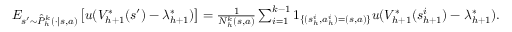
\begin{array} { r } { E _ { s ^ { \prime } \sim \hat { P } _ { h } ^ { k } ( \cdot \vert s , a ) } \left[ u ( V _ { h + 1 } ^ { * } ( s ^ { \prime } ) - \lambda _ { h + 1 } ^ { * } ) \right] = \frac { 1 } { N _ { h } ^ { k } ( s , a ) } \sum _ { i = 1 } ^ { k - 1 } 1 _ { \{ ( s _ { h } ^ { i } , a _ { h } ^ { i } ) = ( s , a ) \} } u ( V _ { h + 1 } ^ { * } ( s _ { h + 1 } ^ { i } ) - \lambda _ { h + 1 } ^ { * } ) . } \end{array}